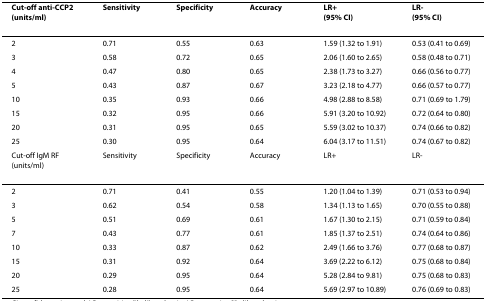
<table><thead><tr><td><b>Cut-off anti-CCP2(units/ml)</b></td><td><b>Sensitivity</b></td><td><b>Specificity</b></td><td><b>Accuracy</b></td><td><b>LR+(95% CI)</b></td><td><b>LR-(95% CI)</b></td></tr></thead><tbody><tr><td>2</td><td>0.71</td><td>0.55</td><td>0.63</td><td>1.59 (1.32 to 1.91)</td><td>0.53 (0.41 to 0.69)</td></tr><tr><td>3</td><td>0.58</td><td>0.72</td><td>0.65</td><td>2.06 (1.60 to 2.65)</td><td>0.58 (0.48 to 0.71)</td></tr><tr><td>4</td><td>0.47</td><td>0.80</td><td>0.65</td><td>2.38 (1.73 to 3.27)</td><td>0.66 (0.56 to 0.77)</td></tr><tr><td>5</td><td>0.43</td><td>0.87</td><td>0.67</td><td>3.23 (2.18 to 4.77)</td><td>0.66 (0.57 to 0.77)</td></tr><tr><td>10</td><td>0.35</td><td>0.93</td><td>0.66</td><td>4.98 (2.88 to 8.58)</td><td>0.71 (0.69 to 1.79)</td></tr><tr><td>15</td><td>0.32</td><td>0.95</td><td>0.66</td><td>5.91 (3.20 to 10.92)</td><td>0.72 (0.64 to 0.80)</td></tr><tr><td>20</td><td>0.31</td><td>0.95</td><td>0.65</td><td>5.59 (3.02 to 10.37)</td><td>0.74 (0.66 to 0.82)</td></tr><tr><td>25</td><td>0.30</td><td>0.95</td><td>0.64</td><td>6.04 (3.17 to 11.51)</td><td>0.74 (0.67 to 0.82)</td></tr><tr><td>Cut-off IgM RF(units/ml)</td><td>Sensitivity</td><td>Specificity</td><td>Accuracy</td><td>LR+</td><td>LR-</td></tr><tr><td>2</td><td>0.71</td><td>0.41</td><td>0.55</td><td>1.20 (1.04 to 1.39)</td><td>0.71 (0.53 to 0.94)</td></tr><tr><td>3</td><td>0.62</td><td>0.54</td><td>0.58</td><td>1.34 (1.13 to 1.65)</td><td>0.70 (0.55 to 0.88)</td></tr><tr><td>5</td><td>0.51</td><td>0.69</td><td>0.61</td><td>1.67 (1.30 to 2.15)</td><td>0.71 (0.59 to 0.84)</td></tr><tr><td>7</td><td>0.43</td><td>0.77</td><td>0.61</td><td>1.85 (1.37 to 2.51)</td><td>0.74 (0.64 to 0.86)</td></tr><tr><td>10</td><td>0.33</td><td>0.87</td><td>0.62</td><td>2.49 (1.66 to 3.76)</td><td>0.77 (0.68 to 0.87)</td></tr><tr><td>15</td><td>0.31</td><td>0.92</td><td>0.64</td><td>3.69 (2.22 to 6.12)</td><td>0.75 (0.68 to 0.84)</td></tr><tr><td>20</td><td>0.29</td><td>0.95</td><td>0.64</td><td>5.28 (2.84 to 9.81)</td><td>0.75 (0.68 to 0.83)</td></tr><tr><td>25</td><td>0.28</td><td>0.95</td><td>0.64</td><td>5.69 (2.97 to 10.89)</td><td>0.76 (0.69 to 0.83)</td></tr></tbody></table>